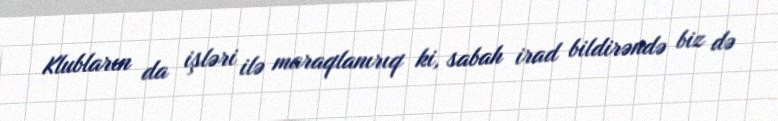
Klubların da işləri ilə maraqlanırıq ki, sabah irad bildirəndə biz də